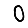
Digit: 0